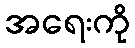
အရေးကို